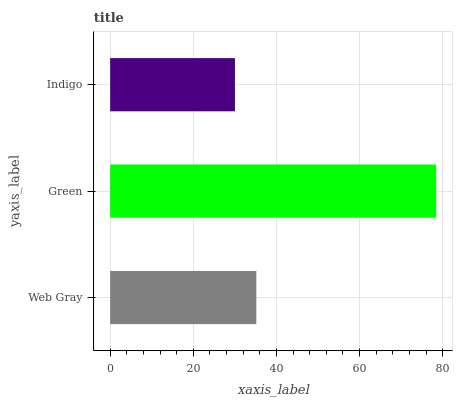
| yaxis_label | bars |
 | --- | --- |
 | Web Gray | 35.2 |
 | Green | 78.4 |
 | Indigo | 30 |